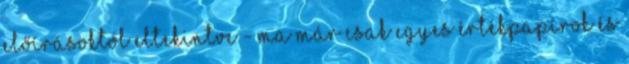
előírásoktól eltekintve - ma már csak egyes értékpapírok és